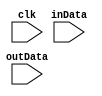
`timescale 1ns / 1ps
//////////////////////////////////////////////////////////////////////////////////
// Company: 
// Engineer: 
// 
// Design Name: 
// Module Name: inputFilter
// Project Name: 
// Target Devices: 
// Tool Versions: 
// Description: 
// 
// Dependencies: 
// 
// Revision:
// Revision 0.01 - File Created
// Additional Comments:
// 
//////////////////////////////////////////////////////////////////////////////////

// Three point input filter. Last three readings must agree in order to switch
// state

module inputFilter(
    input clk,
    input inData,
    input outData
    );

    parameter StateZero = 'd0,
              StateOne  = 'd1;

    reg [1:0]lastPoints = 'd0;
    reg currState = StateZero;
    reg nextState = StateZero;

    assign outData = (currState == StateZero) ? 'd0 : 'd1;
    
    always @(*)
    begin
        if (lastPoints[0] == 'd0 &&
            lastPoints[1] == 'd0 &&
            inData == 'd0)
        begin
            nextState <= StateZero;
        end
        else if (lastPoints[0] == 'd1 &&
                 lastPoints[1] == 'd1 &&
                 inData == 'd1)
        begin
            nextState <= StateOne;
        end else begin
            nextState <= currState;
        end
    end

    always @(negedge clk)
    begin
        currState <= nextState;

        lastPoints[1] <= lastPoints[0];
        lastPoints[0] <= inData;
    end

endmodule